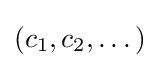
(c_{1},c_{2},\dots )